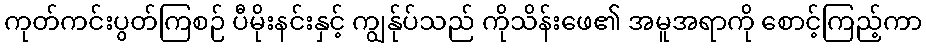
ကုတ်ကင်းပွတ်ကြစဉ် ပီမိုးနင်းနှင့် ကျွန်ုပ်သည် ကိုသိန်းဖေ၏ အမူအရာကို စောင့်ကြည့်ကာ